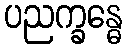
ပညက္ခန္ဓေ